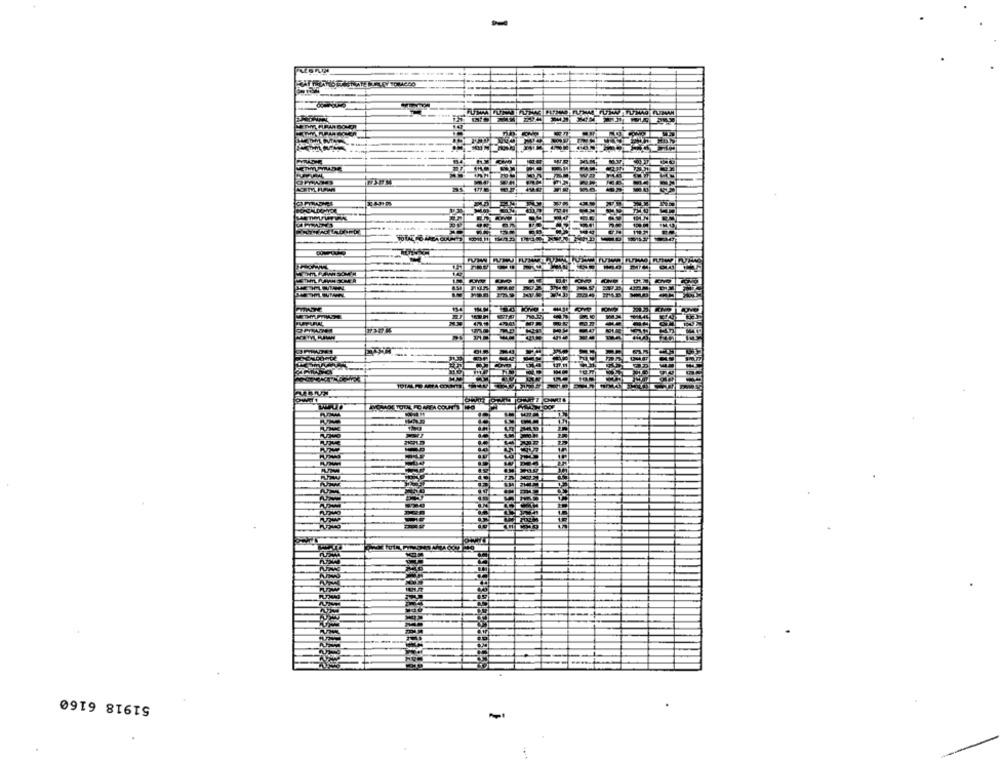
ETHYL FURAR BOVER
-...
RYOMADE TOTAL FC ARTA COUNT
51918 6160
.